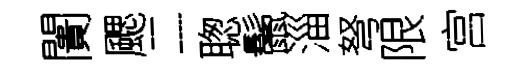
闠颸二聦鬛淄弩限宫